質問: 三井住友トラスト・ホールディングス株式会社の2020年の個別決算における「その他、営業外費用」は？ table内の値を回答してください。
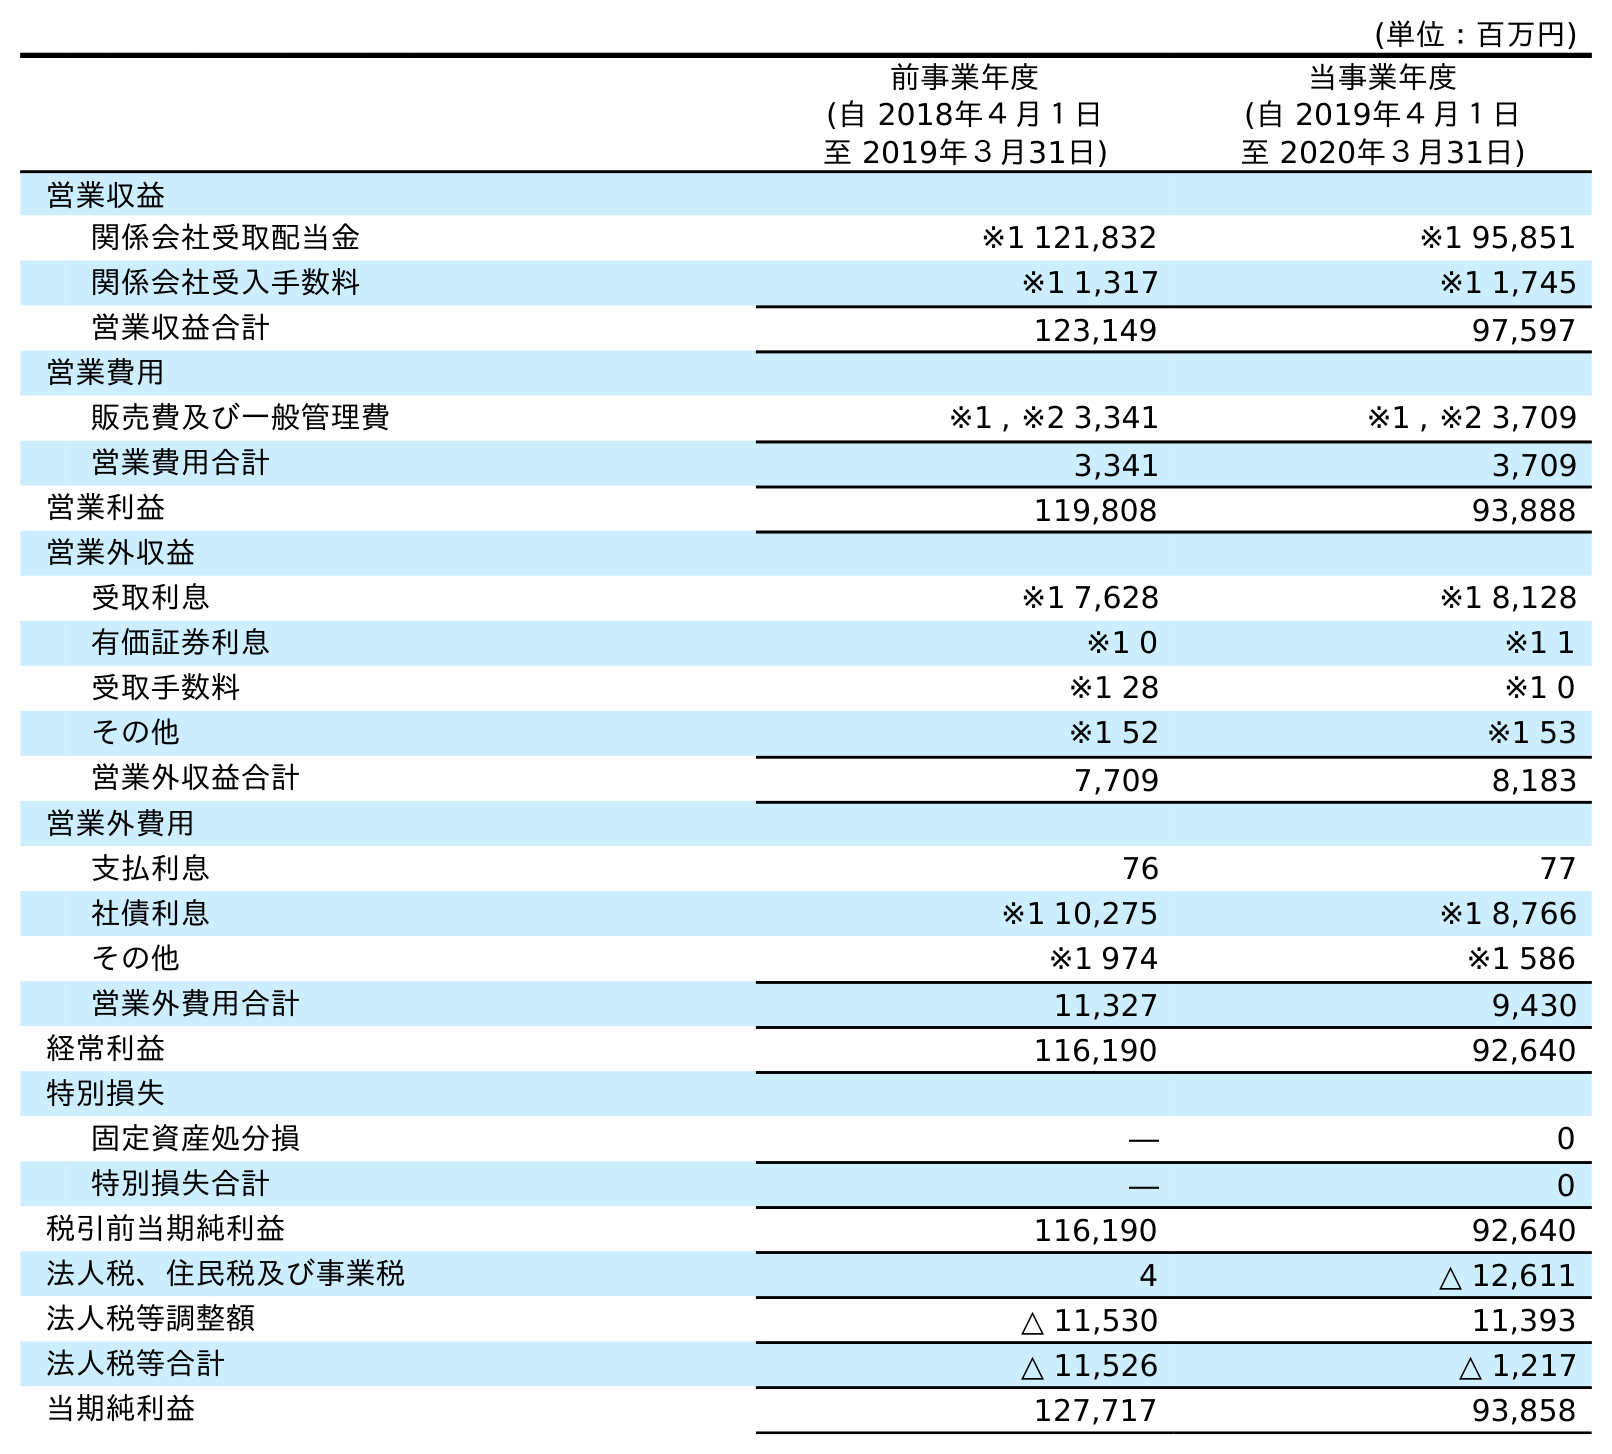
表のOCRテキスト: (単位：百万円) 前事業年度 (自 2018年４月１日 至 2019年３月31日) 当事業年度 (自 2019年４月１日 至 2020年３月31日) 営業収益 関係会社受取配当金 ※1 121,832 ※1 95,851 関係会社受入手数料 ※1 1,317 ※1 1,745 営業収益合計 123,149 97,597 営業費用 販売費及び一般管理費 ※1 , ※2 3,341 ※1 , ※2 3,709 営業費用合計 3,341 3,709 営業利益 119,808 93,888 営業外収益 受取利息 ※1 7,628 ※1 8,128 有価証券利息 ※1 0 ※1 1 受取手数料 ※1 28 ※1 0 その他 ※1 52 ※1 53 営業外収益合計 7,709 8,183 営業外費用 支払利息 76 77 社債利息 ※1 10,275 ※1 8,766 その他 ※1 974 ※1 586 営業外費用合計 11,327 9,430 経常利益 116,190 92,640 特別損失 固定資産処分損 ― 0 特別損失合計 ― 0 税引前当期純利益 116,190 92,640 法人税、住民税及び事業税 4 △ 12,611 法人税等調整額 △ 11,530 11,393 法人税等合計 △ 11,526 △ 1,217 当期純利益 127,717 93,858
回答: ※1586